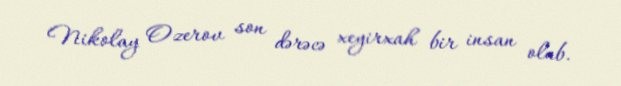
Nikolay Ozerov son dərəcə xeyirxah bir insan olub.